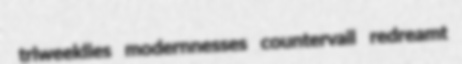
triweeklies modernnesses countervail redreamt